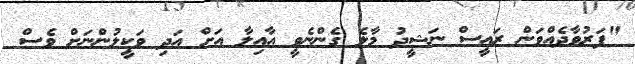
"ފަރުވާދެއްވަން ރައީސް ނަޝީދު މާލެ ގެންނެވީ އާއިލާ އަށް އަދި ވަކީލުންނަށް ވެސް